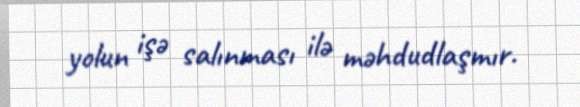
yolun işə salınması ilə məhdudlaşmır.